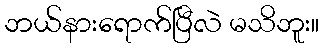
ဘယ်နားရောက်ပြီလဲ မသိဘူး။